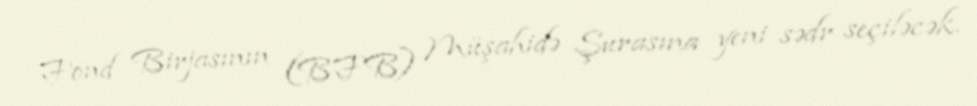
Fond Birjasının (BFB) Müşahidə Şurasına yeni sədr seçiləcək.